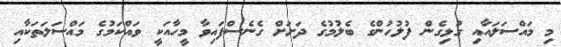
މި މައްސަލައާއި ގުޅިގެން ފުލުހުންގެ ބެލުމުގެ ދަށަށް ގެނެސްފައިވާ މީހާއަކީ ވައްކަމުގެ މައްސަލަތަކާއި